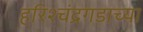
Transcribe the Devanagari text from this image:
हरिश्चंद्रगडाच्या